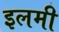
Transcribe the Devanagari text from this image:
इलमी